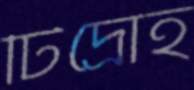
টিদ্রোহ